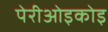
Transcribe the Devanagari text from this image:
पेरीओइकोइ